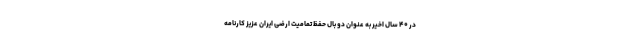
در ۴۰ سال اخیر به عنوان دو بال حفظ تمامیت ارضی ایران عزیز کارنامه